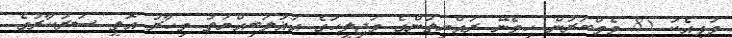
މުޅިއެކު 85 މެމްބަރުން ހިމެނޭ ރައްޔިތުންގެ މަޖިލީހުގެ އަޣުލަބިއްޔަތު މިހާރު އޮތީ ސަރުކާރުގެ